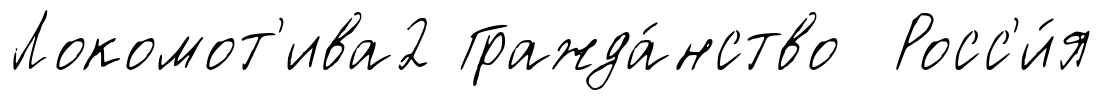
Локомот'ива2 Гражда́нство Росс'и́я